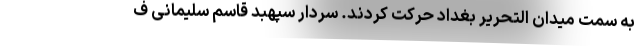
به سمت میدان التحریر بغداد حرکت کردند. سردار سپهبد قاسم سلیمانی ف